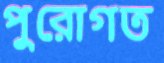
পুরোগত